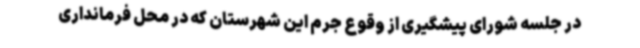
در جلسه شورای پیشگیری از وقوع جرم این شهرستان که در محل فرمانداری